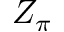
Z _ { \pi }